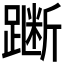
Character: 𫏞